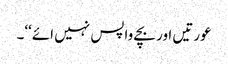
عورتیں اور بچے واپس نہیں ائے‘‘۔